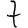
Digit: 7